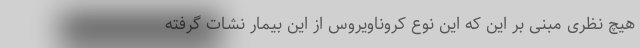
هیچ نظری مبنی بر این که این نوع کروناویروس از این بیمار نشات گرفته